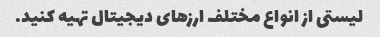
لیستی از انواع مختلف ارزهای دیجیتال تهیه کنید.